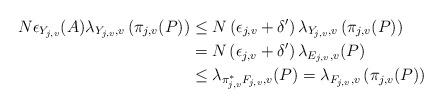
LaTeX: \begin{align*}N \epsilon_{Y_{j, v}}(A) \lambda_{Y_{j, v}, v}\left(\pi_{j, v}(P)\right) & \leq N\left(\epsilon_{j, v}+\delta'\right) \lambda_{Y_{j, v}, v}\left(\pi_{j, v}(P)\right) \\&=N\left(\epsilon_{j, v}+\delta'\right) \lambda_{E_{j, v}, v}(P) \\& \leq \lambda_{\pi_{j, v}^{*} F_{j, v}, v}(P)=\lambda_{F_{j, v}, v}\left(\pi_{j, v}(P)\right)\end{align*}